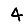
Digit: 4